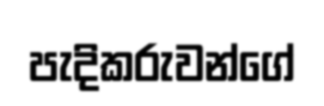
පැදිකරුවන්ගේ